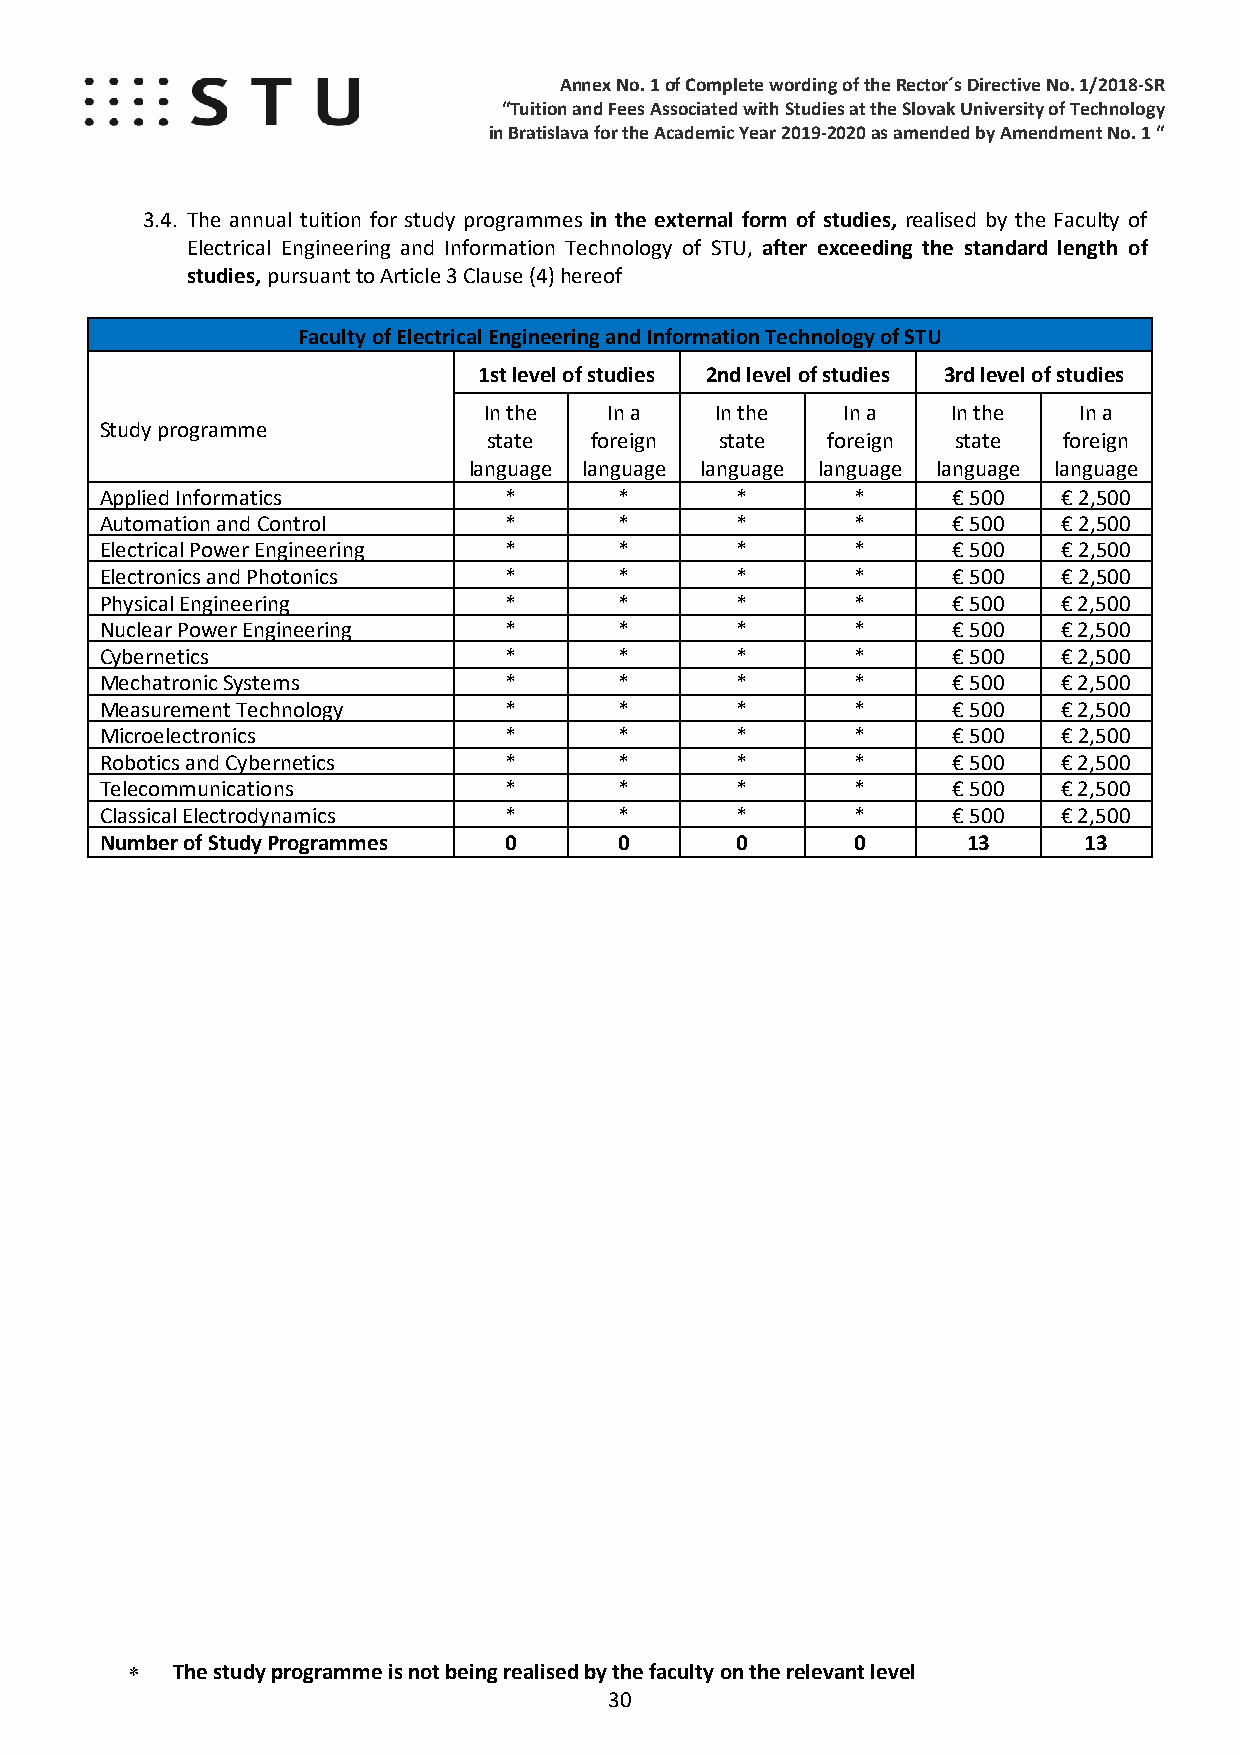
Annex No. 1 of Complete wording of the Rector´s Directive No. 1/2018-SR
 “Tuition and Fees Associated with Studies at the Slovak University of Technology
 in Bratislava for the Academic Year 2019-2020 as amended by Amendment No. 1 “
 3.4. The annual tuition for study programmes in the external form of studies, realised by the Faculty of
 Electrical Engineering and Information Technology of STU, after exceeding the standard length of
 studies, pursuant to Article 3 Clause (4) hereof
 Faculty of Electrical Engineering and Information Technology of STU
 1st level of studies 2nd level of studies 3rd level of studies
 In the  In a   In the   In a   In the  In a
 Study programme
 state  foreign  state  foreign state  foreign
 language language language language language language
 Applied Informatics       *       *       *       *     € 500  € 2,500
 Automation and Control    *       *       *       *     € 500  € 2,500
 Electrical Power Eng ineering *   *       *       *     € 500  € 2,500
 Electronics and Photonics *       *       *       *     € 500  € 2,500
 Physical Engineering      *       *       *       *     € 500  € 2,500
 Nuclear Power Engineering *       *       *       *     € 500  € 2,500
 Cybernetics               *       *       *       *     € 500  € 2,500
 Mechatronic Systems       *       *       *       *     € 500  € 2,500
 Measurement Technology    *       *       *       *     € 500  € 2,500
 Microelectronics          *       *       *       *     € 500  € 2,500
 Robotics and Cybernetics  *       *       *       *     € 500  € 2,500
 Telecommunications        *       *       *       *     € 500  € 2,500
 Classical Electrodynamics *       *       *       *     € 500  € 2,500
 Number of Study Pro grammes 0     0       0       0      13      13
 ∗  The study programme is not being realised by the faculty on the relevant level
 30